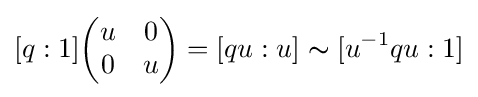
[q:1]{\begin{pmatrix}u&0\\0&u\end{pmatrix}}=[qu:u]\thicksim [u^{-1}qu:1]